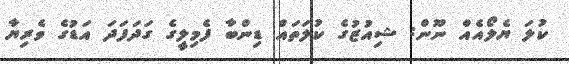
ކުލަ ޔެލޯއެއް ނޫން: ޝިއުޒުގެ ކުލަތައް ޑިންބާ ފެމިލީގެ ގަދަފަދަ އަޑުގެ ވެރިޔާ